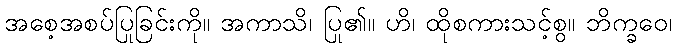
အစေ့အစပ်ပြုခြင်းကို။ အကာသိ၊ ပြု၏။ ဟိ၊ ထိုစကားသင့်စွ။ ဘိက္ခဝေ၊